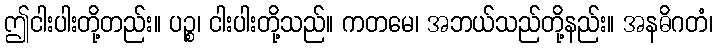
ဤငါးပါးတို့တည်း။ ပဉ္စ၊ ငါးပါးတို့သည်။ ကတမေ၊ အဘယ်သည်တို့နည်း။ အနဓိဂတံ၊